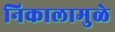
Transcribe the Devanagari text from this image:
निकालामुळे